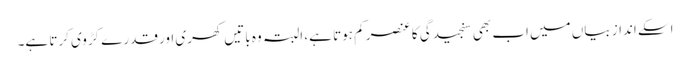
اسکے اندازِ بیاں میں اب بھی سنجیدگی کا عنصر کم ہوتا ہے، البتہ وہ باتیں کھری اور قدرے کڑوی کرتا ہے۔